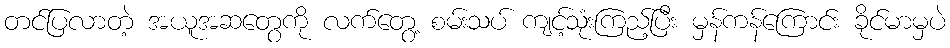
တင်ပြလာတဲ့ အယူအဆတွေကို လက်တွေ့ စမ်းသပ် ကျင့်သုံးကြည့်ပြီး မှန်ကန်ကြောင်း ခိုင်မာမှပဲ